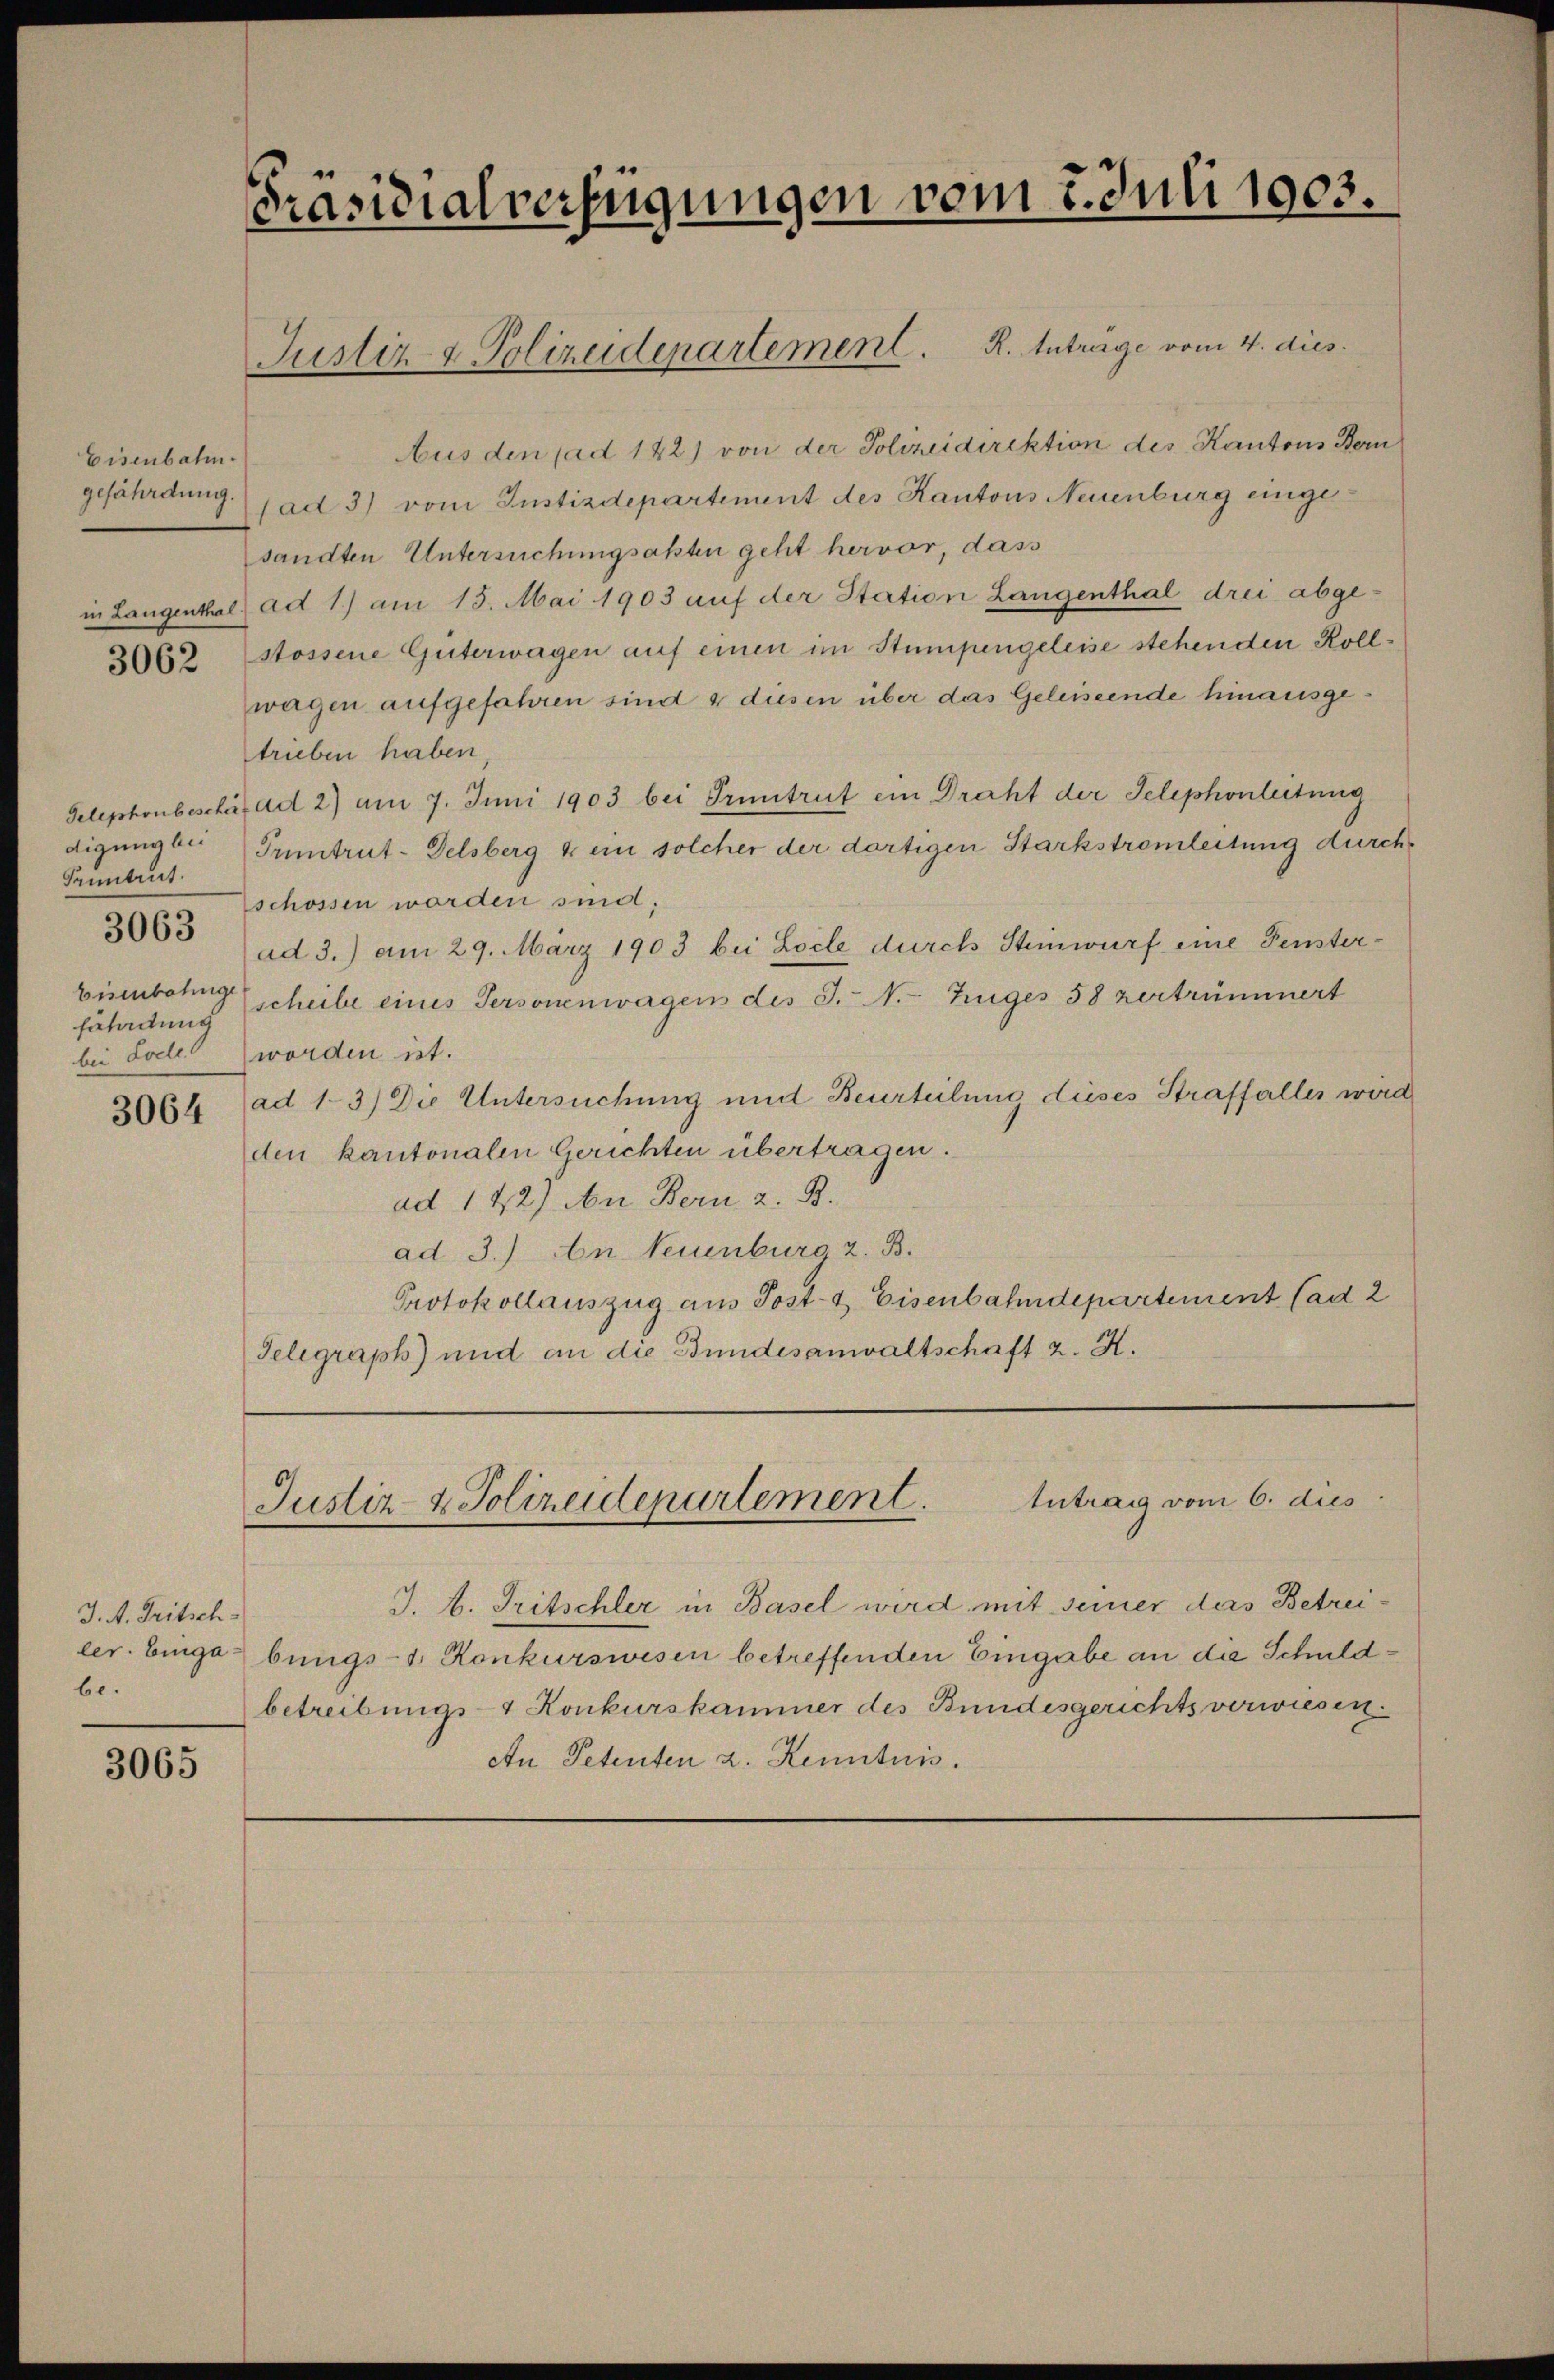
Eisenbahn.
gefährdung.

3062

Telephonbeschei
digung bei
Pruntrut.
Eisenbahnge
fährdung
bei Lode

3063

3064

J. A. Tritsch-
be.
t

3065

Präsidialverfügungen vom 2. Juli 1903.

Justiz & Polizeidenartement. R. Intrage vom 4. dies

Aus den ad 122) von der Polizeidirektion des Kantons Bern
(ad 3) vom Justizdepartement des Kantons Neuenburg eingesandten Untersuchungsakten geht hervor, dass
in Langental ad 1) am 15. Mai 1903 auf der Station Langenthal drei abge-
stossene Güterwagen auf einen im Stumpengeleise stehenden Kollwagen aufgefahren sind & diesen über das Geleiseende hinausgetrieben haben,
ad 2) am 7. Juni 1903 bei Pruntrut ein Draht der Telephonleitung
Tuntrut-Delsberg & ein solcher der dortigen Starkstromleitung durch
schossen worden sind,
ad 3.) am 29. März 1903 bei Locle durch Steinwurf eine Fensterscheibe eines Personenwagen des J. N. Zuges 58 zertrümmert
worden ist.
ad 13) Die Untersuchung und Beurteilung dieses Straffalles wird
den kantonalen Gerichten übertragen.
ad 142) An Bern z. B.
ad 3.) An Neuenburg z. B.
Protokollauszug aus Post- & Eisenbahndepartement ad 2
Telegraph) und an die Bundesanwaltschaft z. K.

Antrag vom 6. dies
Justiz- & Polizeidepartement.

J. A. Tritschler in Basel wird mit seiner das Betreiler. Eingabungs- 1. Konkurswesen betreffenden Eingabe an die Schuldbetreibungs- Konkurskammer des Bundesgerichtsverwiesen.
An Petenten z. Kenntnis.